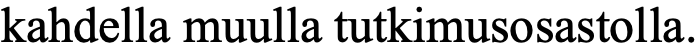
kahdella muulla tutkimusosastolla.